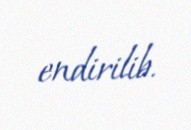
endirilib.